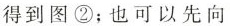
得到图②；也可以先向